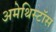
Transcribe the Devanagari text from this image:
अमेथिस्टॉस